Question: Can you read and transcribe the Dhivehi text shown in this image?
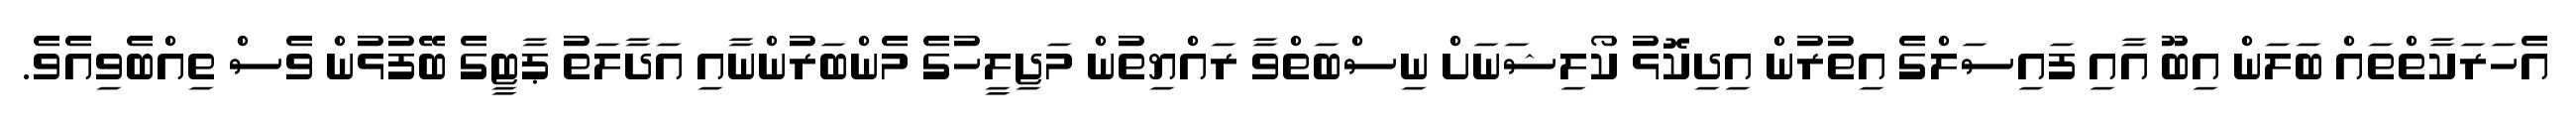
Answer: އެހަރަކާތްތައް ބަލަން އިބޫ އާއި ފައިސަލްގެ އިތުރުން އިދިކޮޅު ކޯލިޝަނަށް ނިސްބަތްވާ ރައްޔިތުން މަޖިލީހުގެ މެންބަރުންނާއި އަދާލަތު ޕާޓީގެ ބޭފުޅުން ވެސް ތިއްބެވިއެވެ.